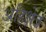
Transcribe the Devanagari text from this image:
अहिक्षेत्र